Vital statistics of India. Vol. IV, Annual returns from 1871 to 1876. British Army of India, Native Army and jails of Bengal
Year: 1871
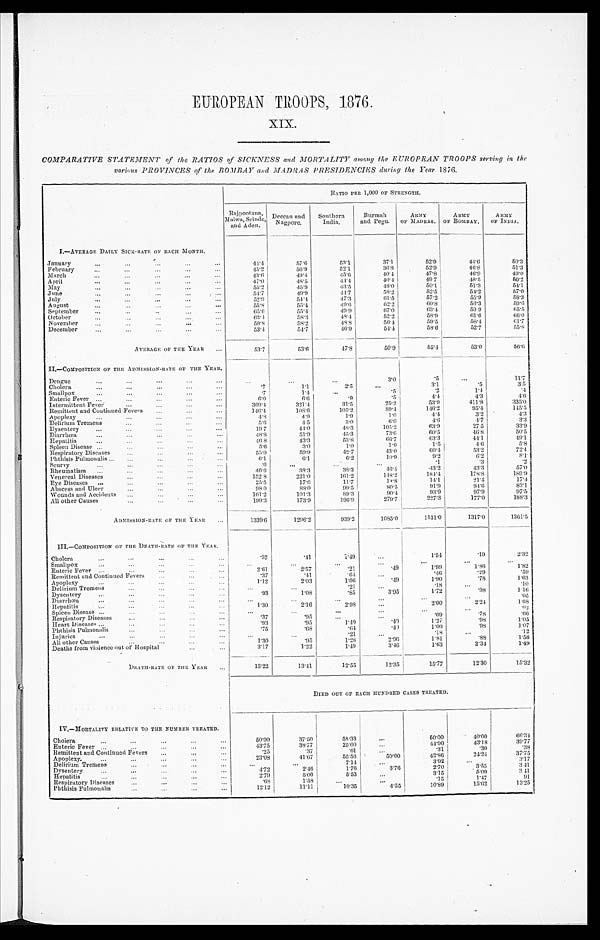
EUROPEAN TROOPS, 1876.
COMPARATIVE STATEMENT of the RATIOS of SICKNESS and MORTALITY among the EUROPEAN TROOPS serving in the
various PROVINCES of the BOMBAY and MADRAS PRESIDENCIES during the year 1876.
RATIO PER 1,000 OF STRENGTH.
Raj poot ana, Mal wa, Sci nde,
and Aden.
Deccan and
Nagpore.
Southern
India.
Burmah
and pegu.
ARMY
OF MADRAS.
ARMY
OF BOMBAY.
ARMY
OF INDIA.
I.—AVERAGE DAILY SICK-RATE OF EACH MONTH.
January
...
...
. . . ...
. . .
44.4
57.6
53.1
37.1
52.9
44.6
5 0 . 3
February
...
. . .
. . .
. . . . . .
45.2
56.9
52.1
36.8
52.9
46.8
51.3
March
...
... ...
...
...
43.6
49.4
45.6
40.4
47.8
46.9
49.0
April
. . .
. . . ...
...
...
47.0
48.5
44.4
40.4
49.7
48.5
50.2
May
...
... ...
...
...
55.2
45.9
43.5
48.0
50.1
51.3
54.1
June
. . .
. . .
. . .
. . .
. . .
54.7
49.9
44.7
58.2
52.5
54.2
57.0
July
...
...
...
...
...
52.9
54.4
47.3
61.5
57.2
55.9
5 8 . 3
August
. . .
. . .
...
. . .
. . .
55.8
55.4
49.6
62.2
60.8
56.3
59.6
September ...
. . .
. . .
. . .
. . .
65.6
55.4
49.9
67.0
63.4
59.9
65.5
October
. . .
. . .
. . .
. . .
. . .
63.4
58.3
48.4
52.2
58.9
6 1 . 6
6 6 . 0
November ...
. . .
...
...
. . .
59.8
58.2
48.8
56.4
59.5
58.4
6 1 . 7
December
. . .
. . .
...
...
. . .
53.4
54.7
46.9
54.4
58.6
52.7
55.8
AVERAGE OF THE YEAR ...
53.7
53.6
47.8
50.9
55.4
53.0
5 6 . 6
II— COMPOSITION OF THE ADMISSION-RATE OF THE YEAR.
Dengue
...
. . .
. . .
. . .
. . .
. . .
...
...
3.0
.5
...
11.7
Cholera
...
. . .
...
...
...
.7
1.1
2.5
...
3.1
.5
3.5
Smallpox
...
...
...
...
. . .
.7
1.4
...
.5
.2
1.4
. 4
Enteric Fever . . .
. . . ...
...
. . .
6.0
6 . 6
.9
.5
4.4
4.3
4 . 6
Intermittent Fever
...
...
. . . ...
369.4
321.4.
31.5
25.2
53.9
411.8
335.0
Remittent and Continued Fever ...
...
...
146.4
108.6
105.2
89.4
146.2
95.4
145 . 5
Apoplexy
. . .
. . .
...
. . .
. . .
4.8
4.9
1.9
1.0
4.4
3.2
4 . 3
Delirium Tremens
. . .
...
...
. . .
5.6
4 . 5
3 . 0
6.0
4.6
4 . 7
3.3
Dysentery
...
. . .
. . .
. . .
. . .
19 7
44.0
48.3
105.2
63.9
27.5
33.9
Diarrhœa
...
... ...
...
...
48.8
51.9
45.3
73.6
60.5
46.8
5 0 . 5
Hepatitis
. . .
. . .
. . .
...
. . .
4 6 . 8
43.3
53.8
66.7
63.3
44.1
4 9 . 1
Spleen Disease ...
. . . ...
. . .
. . .
5.6
3 . 0
1.0
1.0
1.5
4 . 6
5 . 8
Respiratory Diseases
. . . ...
. . .
. . .
5 5 . 0
59.9
42.7
43.0
60.4
53.2
7 2 . 4
Phthisis Pulmonalis ...
. . .
...
...
. . .
6.1
6.1
6.2
10.9
9.2
6.2
8 . 1
Scurvy
...
... ...
...
. . .
.6
. . .
. . .
. . .
.1
.3
. 2
Rheumatism ...
. . .
...
. . . ...
46.6
38.3
38.3
46.4
43.2
43.3
5 7 . 0
Venereal Diseases
. . .
. . .
. . .
. . .
152.8
221.0
161.2
148.2
184.4
178.8
189.9
Eye Diseases ...
... ...
...
...
25.5
17.6
11.7
13.8
14.1
21.4
1 7 . 4
Abscess and Ulcer
... ...
. . .
. . .
98 0
88.0
99.5
80.5
91.9
9 4 . 6
83.1
Wounds and Accidents ... ...
...
...
101.2
101.3
89.3
90.4
93.9
97.9
9 7 . 5
All other Causes
. . . ...
...
. . .
199.3
173.9
196.9
279.7
227.3
177.0
1 8 8 . 3
ADMISSION-RATE OF THE YEAR
1339.6
1296.2
939.2
1085.0
1131.0
1317.0
1361.5
III.—COMPOSITION OF THE DEATH-RATE OF THE YEA R.
Cholera
...
. . .
...
...
...
.37
.41
1.49
...
154
.19
2 . 3 2
Smallpox
...
. . .
. . .
...
. . .
. . .
...
...
...
...
. . .
. . .
Enteric Fever ...
...
...
...
...
2.61
2.57
.21
.49
1.99
1 . 8 6
1 . 8 2
Remittent and Continued Fevers
. . . ...
.37
.41
. 6 4
...
.46
.29
.59
Apoplexy
...
. . .
...
...
. . .
1.12
2.03
1.06
.49
1.90
.78
1.63
Delirium Tremens
...
. . .
...
...
...
...
.21
...
.18
. . .
.10
Dysentery...
. . .
. . .
...
. . .
.93
1 . 0 8
.85
3.95
1.72
.98
1.16
Diarrhœa.
...
...
...
. . . ...
...
. . .
. . .
...
. . .
. . .
.05
Hepatitis ...
...
. . .
...
. . .
1.30
2.16
2.98
...
2.00
2.24
1 . 6 8
Spleen Disease ...
. . .
. . .
. . .
. . .
...
. . .
. . .
. . .
. . .
. . .
. 0 2
Respiratory Diseases
. . .
. . .
. . .
. . .
.37
.95
. . .
. . .
.09
.78
.66
Heart Diseases
. . .
. . .
. . .
. . .
.93
.95
1.49
.49
1.27
.98
1.05
Phthisis Pulmonalis
. . .
. . .
...
. . .
.75
.68
. 6 4
. 4 9
1.00
.98
1.07
Injuries
...
...
. . .
...
...
. . .
...
.21
...
.18
...
. 1 2
All other Causes
...
...
...
. . .
1.30
.95
1.28
2.96
1.81
.88
1 . 5 6
Deaths from violence out of Hospital
...
. . .
3.17
1.22
149
3.46
1.63
2.34
1.49
DEATH-RATE OF THE YEAR
...
13.22
13.41
12.55
12.35
15.77
12.30
15.32
DIED OUT OF EACH HUNDRED CASES TREATED.
IV.—MORTALITY RELATIVE TO THE NUMBER TREATED.
Cholera
...
. . .
...
...
...
5 0 . 0 0
37.50
58.33
...
50.00 40.00
6 6 . 3 4
Enteric Fever ...
...
...
...
...
43.75
38.77
25.00
...
44.90
43.18
3 9 . 7 7
Remittent and Continued Fevers
...
...
. . .
.25
.37
.61
. . .
.31
. 3 0
. 3 8
Apoplexy
...
...
...
...
. . .
23.08
41.67
55.56
50.00
42.86
24.24
3 7 . 7 5
Delirium Tremens
...
. . .
. . . ...
...
...
7.14
. . .
3 . 9 2
. . . . .
3 . 1 7
Dysentery
...
. . .
...
. . . ...
4.72
2.46
1.76
3.76
2.70 3.55
3.41
Hepatitis
...
...
. . .
. . . ...
2.79
5.00
5.53
. . .
3.15
5.09
3 . 4 1
Respiratory Diseases
. . .
. . .
. . .
. . .
.68
1.58
...
. . .
.15
1.47
9 1
Phthisis Pulmonalis
. . .
...
...
. . .
12.12
11.11
10.35
4.55
1 0 . 8 9 1 5 . 6 2
1 3 . 2 5